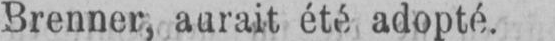
Brenner, aurait été adopté.